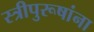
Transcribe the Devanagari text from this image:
स्त्रीपुरूषांना